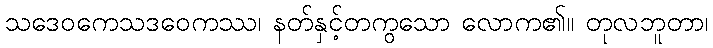
သဒေဝကေသဒဝေကဿ၊ နတ်နှင့်တကွသော လောက၏။ တုလဘူတာ၊